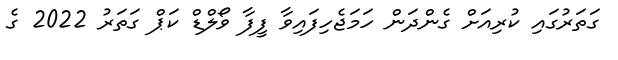
ގަތަރުގައި ކުރިއަށް ގެންދަން ހަމަޖެހިފައިވާ ފީފާ ވޯލްޑް ކަޕް ގަތަރު 2022 ގެ